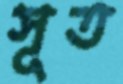
সূত